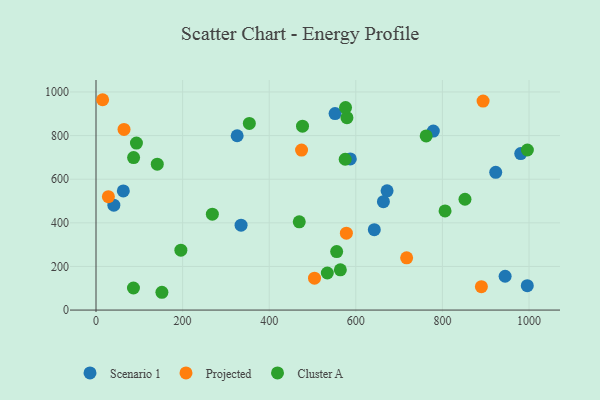
{"axis": {"x": "Speed", "y": "Sales"}, "legend": ["Cluster A", "Projected", "Scenario 1"], "data": [{"x": "326.0", "y": 799.3, "type": "Scenario 1"}, {"x": "996.0", "y": 111.9, "type": "Scenario 1"}, {"x": "980.8", "y": 717.3, "type": "Scenario 1"}, {"x": "944.8", "y": 155.1, "type": "Scenario 1"}, {"x": "552.1", "y": 900.9, "type": "Scenario 1"}, {"x": "587.3", "y": 693.0, "type": "Scenario 1"}, {"x": "672.2", "y": 546.5, "type": "Scenario 1"}, {"x": "663.7", "y": 497.0, "type": "Scenario 1"}, {"x": "335.0", "y": 389.2, "type": "Scenario 1"}, {"x": "642.7", "y": 368.7, "type": "Scenario 1"}, {"x": "63.1", "y": 546.2, "type": "Scenario 1"}, {"x": "923.1", "y": 631.6, "type": "Scenario 1"}, {"x": "41.2", "y": 481.1, "type": "Scenario 1"}, {"x": "779.0", "y": 820.5, "type": "Scenario 1"}, {"x": "893.9", "y": 958.1, "type": "Projected"}, {"x": "474.7", "y": 733.6, "type": "Projected"}, {"x": "28.6", "y": 520.0, "type": "Projected"}, {"x": "64.7", "y": 828.1, "type": "Projected"}, {"x": "578.2", "y": 352.5, "type": "Projected"}, {"x": "15.3", "y": 964.4, "type": "Projected"}, {"x": "504.6", "y": 146.3, "type": "Projected"}, {"x": "717.4", "y": 239.6, "type": "Projected"}, {"x": "890.0", "y": 107.3, "type": "Projected"}, {"x": "534.2", "y": 170.0, "type": "Cluster A"}, {"x": "354.1", "y": 855.9, "type": "Cluster A"}, {"x": "141.5", "y": 669.1, "type": "Cluster A"}, {"x": "86.8", "y": 699.0, "type": "Cluster A"}, {"x": "852.1", "y": 508.2, "type": "Cluster A"}, {"x": "806.1", "y": 454.6, "type": "Cluster A"}, {"x": "579.5", "y": 882.1, "type": "Cluster A"}, {"x": "93.4", "y": 765.6, "type": "Cluster A"}, {"x": "469.4", "y": 404.4, "type": "Cluster A"}, {"x": "86.5", "y": 101.1, "type": "Cluster A"}, {"x": "575.5", "y": 691.4, "type": "Cluster A"}, {"x": "555.8", "y": 268.0, "type": "Cluster A"}, {"x": "762.5", "y": 798.5, "type": "Cluster A"}, {"x": "268.7", "y": 439.7, "type": "Cluster A"}, {"x": "564.3", "y": 184.6, "type": "Cluster A"}, {"x": "152.2", "y": 81.6, "type": "Cluster A"}, {"x": "476.9", "y": 843.2, "type": "Cluster A"}, {"x": "576.3", "y": 928.4, "type": "Cluster A"}, {"x": "996.2", "y": 733.9, "type": "Cluster A"}, {"x": "196.0", "y": 274.4, "type": "Cluster A"}]}